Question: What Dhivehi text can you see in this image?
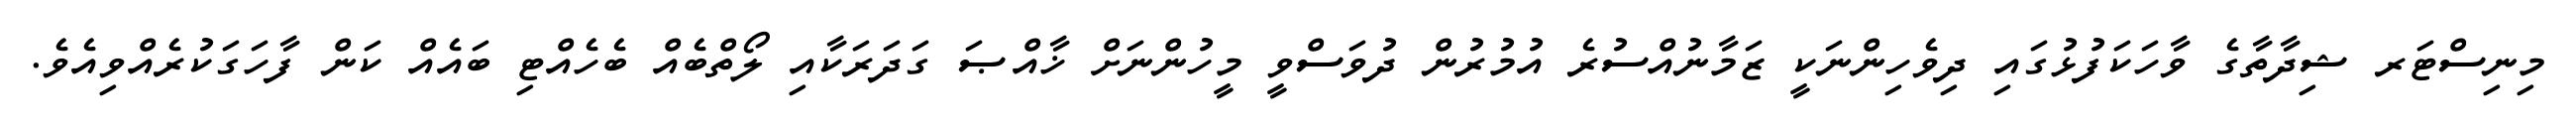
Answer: މިނިސްޓަރ ޝިދާތާގެ ވާހަކަފުޅުގައި ދިވެހިންނަކީ ޒަމާނުއްސުރެ އުމުރުން ދުވަސްވީ މީހުންނަށް ޚާއްޞަ ގަދަރަކާއި ލޯތްބެއް ބެހެއްޓި ބައެއް ކަން ފާހަގަކުރެއްވިއެވެ.